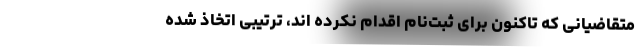
متقاضیانی که تاکنون برای ثبت‌نام اقدام نکرده اند، ترتیبی اتخاذ شده